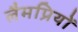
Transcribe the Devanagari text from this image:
लैमप्रियों